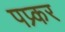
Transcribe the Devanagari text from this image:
पप्र्कर